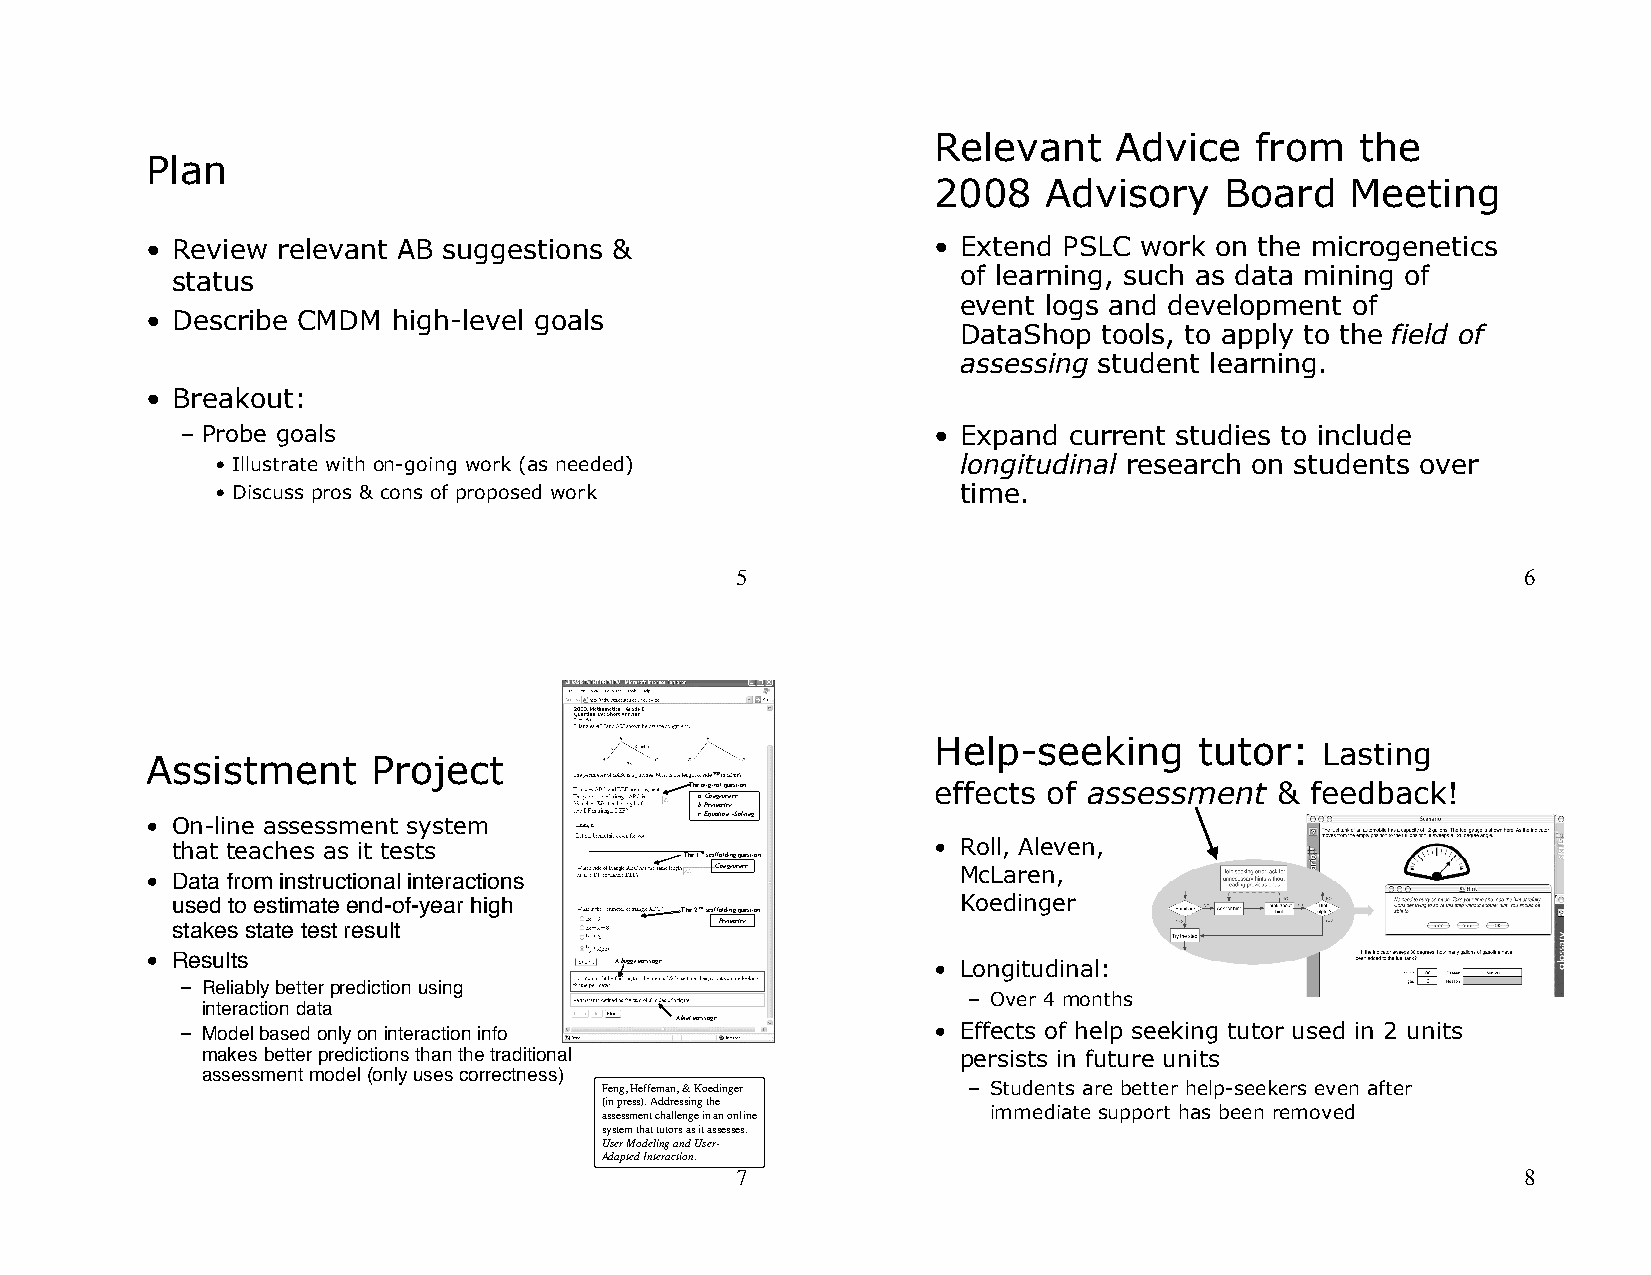
Relevant    Advice   from   the
 Plan
 2008   Advisory    Board   Meeting
 • Review relevant AB suggestions &                  • Extend PSLC work on the microgenetics
 status                                               of learning, such as data mining of
 event logs and development of
 • Describe CMDM high-level goals
 DataShop tools, to apply to the field of
 assessing student learning.
 • Breakout:
 – Probe goals                                     • Expand current studies to include
 • Illustrate with on-going work (as needed)       longitudinal research on students over
 • Discuss pros & cons of proposed work            time.
 5                                                   6
 Help-seeking     tutor:  Lasting
 Assistment     Project
 TThhee oorriiggiinnaall qquueessttiioonn effects of assessment & feedback!
 aa.. CCoonnggrruueennccee
 bb.. PPeerriimmeetteerr
 • On-line assessment system         cc.. EEqquuaattiioonn--SSoollvviinngg
 that teaches as it tests                           • Roll, Aleven,
 TThhee 11ssttssccaaffffoollddiinngg qquueessttiioonn
 • Data from instructional interactions CCoonnggrruueennccee McLaren,
 used to estimate end-of-year high                    Koedinger
 TThhee 22nnddssccaaffffoollddiinngg qquueessttiioonn
 stakes state test result             PPeerriimmeetteerr
 • Results
 AA bbuuggggyy mmeessssaaggee • Longitudinal:
 – Reliably better prediction using
 – Over 4 months
 interaction data
 – Model based only on interaction info AA hhiinntt mmeessssaaggee • Effects of help seeking tutor used in 2 units
 makes better predictions than the traditional      persists in future units
 assessment model (only uses correctness)
 Feng, Heffernan, & Koedinger – Students are better help-seekers even after
 (in press). Addressing the
 immediate support has been removed
 assessment challenge in an online
 system that tutors as it assesses.
 User Modeling and User-
 Adapted Interaction.
 7                                                   8